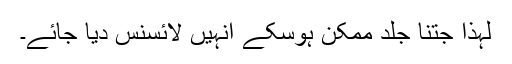
لہذا جتنا جلد ممکن ہوسکے انہیں لائسنس دیا جائے۔